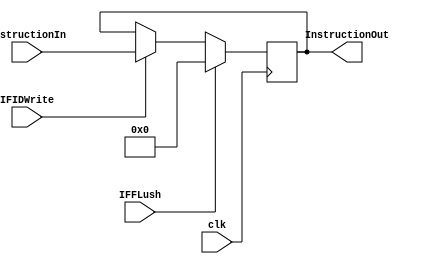
`timescale 1ns / 1ps

module InstructionRegister(
    output [31:0] InstructionOut,
    input [31:0] InstructionIn,
	 input clk,
	 input IFIDWrite,//new
	 input IFFLush
    );


   reg[31:0] InstructionReg;

   always@(posedge clk)
   begin
		if(IFIDWrite == 1'b1)
			begin
            InstructionReg = InstructionIn;
			end 
		if(IFFLush == 1'b1)
		begin
		InstructionReg=32'b0;
		end
	end
	
	assign InstructionOut = InstructionReg;

endmodule